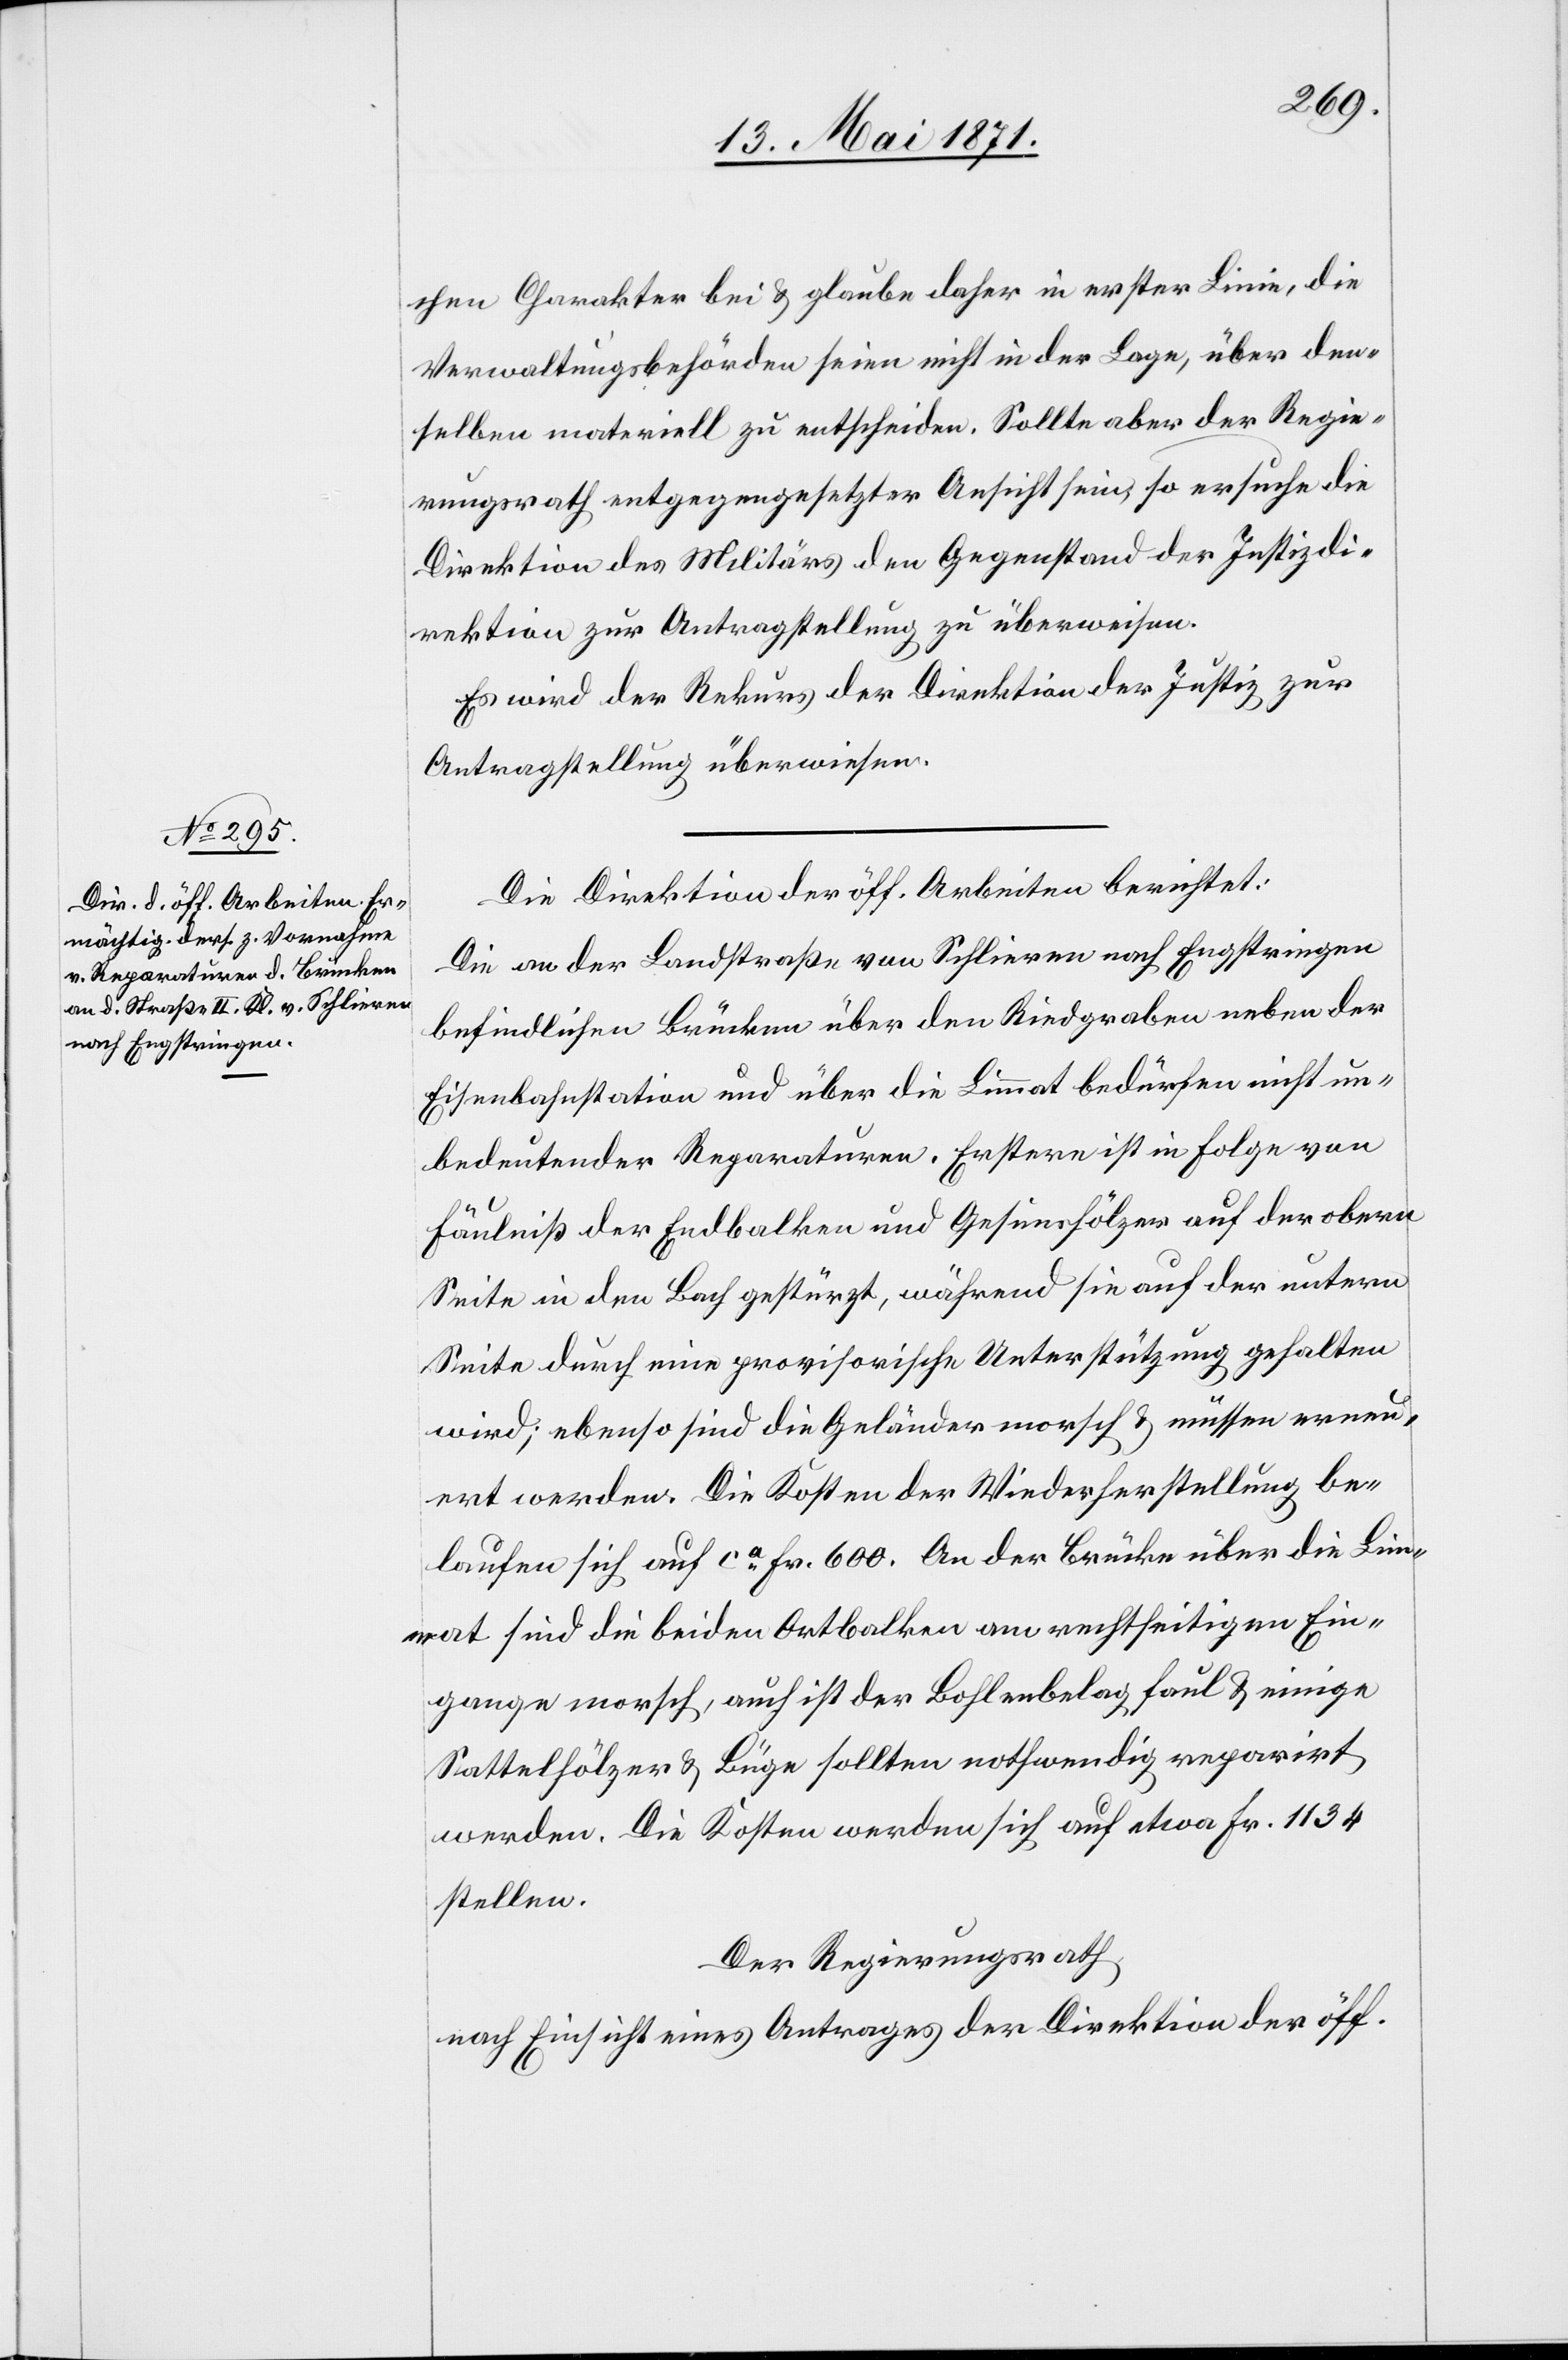
chen Charakter bei u. glaube daher in erster Linie, die
Verwaltungsbehörden seien nicht in der Lage, über den¬
selben materiell zu entscheiden. Sollte aber der Regie¬
rungsrath entgegengesetzter Ansicht sein, so ersuche die
Direktion des Militärs den Gegenstand der Justizdi¬
rektion zur Antragstellung zu überweisen.
Es wird der Rekurs der Direktion der Justiz zur
Antragstellung überwiesen.
Die Direktion der öff. Arbeiten berichtet:
Die an der Landstraße von Schlieren nach Engstringen
befindlichen Brücken über den Riedgraben neben der
Eisenbahnstation und über die Limmat bedürfen nicht un¬
bedeutender Reparaturen. Erstere ist in Folge von
Fäulniß der Endbalken und Gesimshölzer auf der obern
Seite in den Bach gestürzt, während sie auf der untern
Seite durch eine provisorische Unterstützung gehalten
wird; ebenso sind die Geländer morsch u. müssen erneu¬
ert werden. Die Kosten der Wiederherstellung be¬
laufen sich auf ca. Fr. 600. An der Brücke über die Lim¬
mat sind die beiden Ortbalken am rechtseitigen Ein¬
gange morsch, auch ist der Bohlenbelag faul u. einige
Sattelhölzer u. Büge sollten nothwendig reparirt
werden. Die Kosten werden sich auf etwa Fr. 1134
stellen.
Der Regierungsrath
nach Einsicht eines Antrages der Direktion der öff.